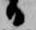
日